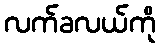
လက်ခလယ်ကို